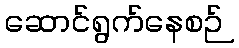
ဆောင်ရွက်နေစဉ်